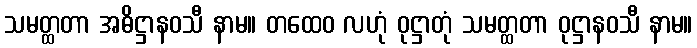
သမတ္ထတာ အဓိဋ္ဌာနဝသီ နာမ။ တထေဝ လဟုံ ဝုဋ္ဌာတုံ သမတ္ထတာ ဝုဋ္ဌာနဝသီ နာမ။